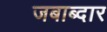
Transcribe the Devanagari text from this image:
जबाब्दार